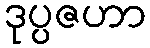
ဒုပ္ပဇဟာ